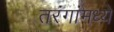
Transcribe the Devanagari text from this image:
तरंगांमध्ये